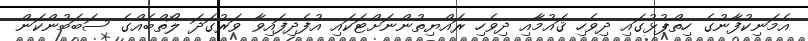
އެމަނިކުފާނުގެ ހިތްޕުޅުގައި ދިވެހި ޤައުމާއި ދިވެހި ރައްޔިތުންނަށްޓަކައި އުފެދިފައިވާ ވަރުގަދަ ލޯތްބެއްގެ ސަބަބުންކަން